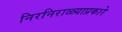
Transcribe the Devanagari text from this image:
निरनिराळ्याप्रकारे